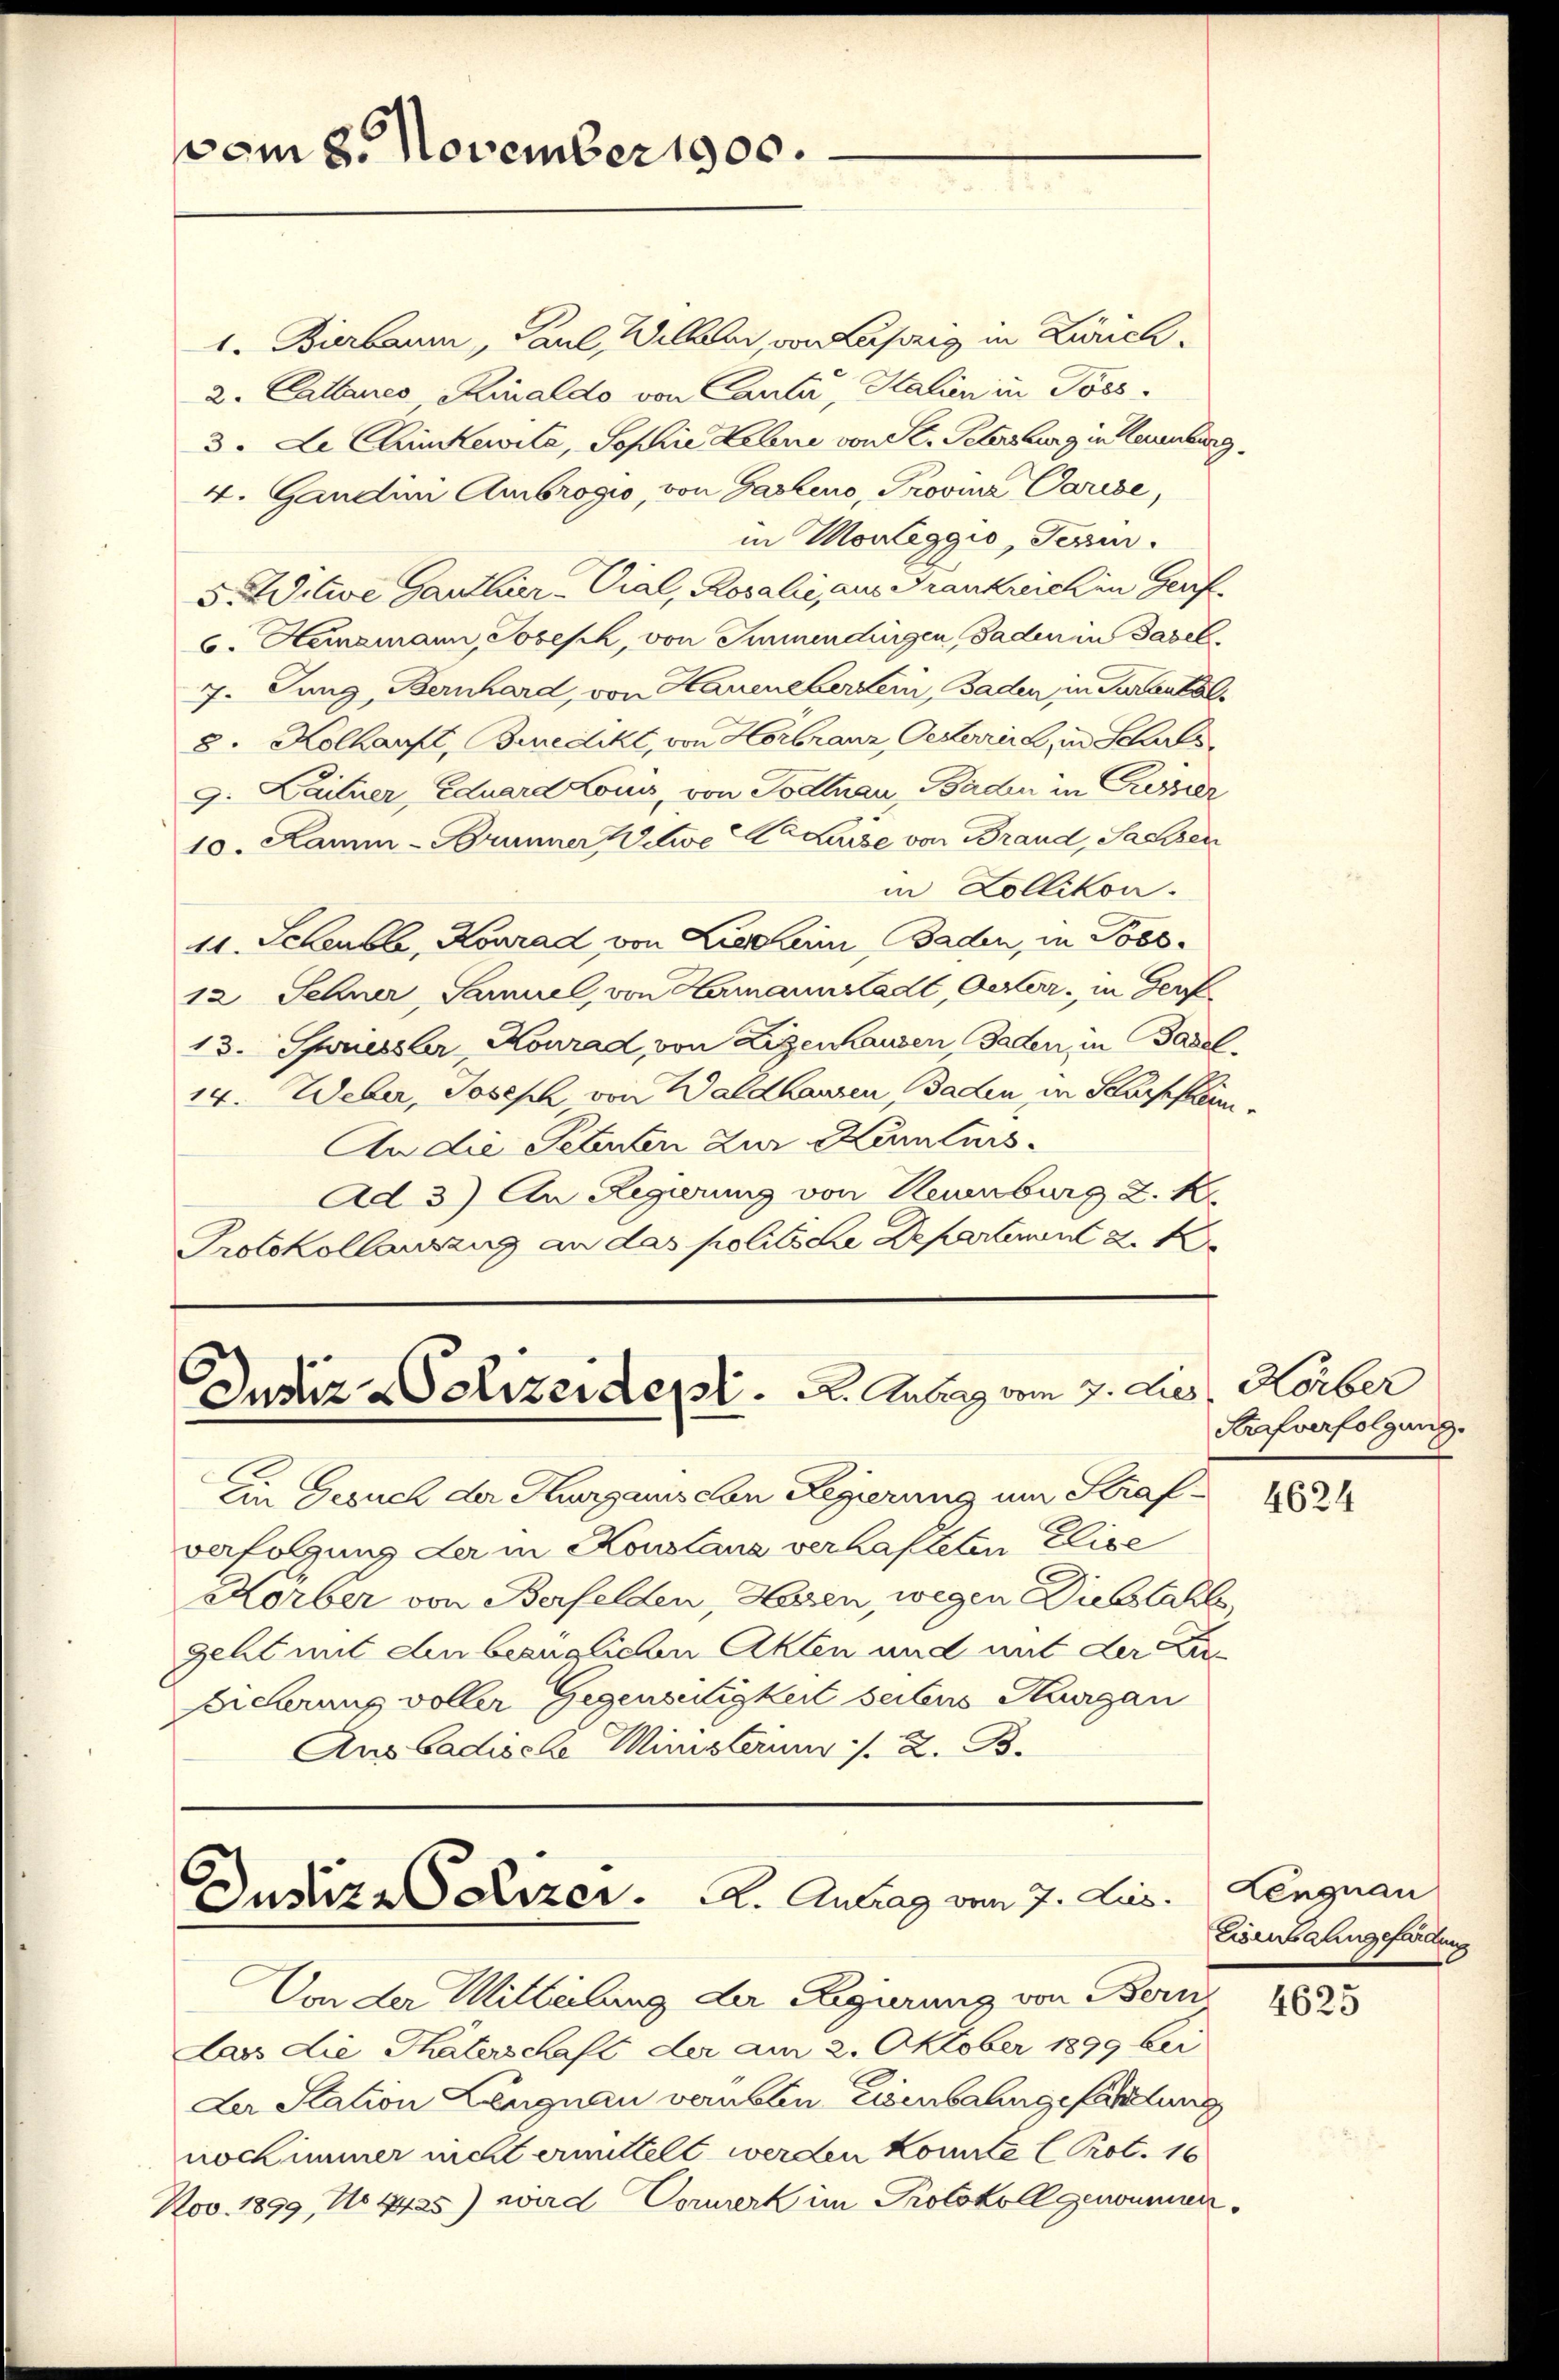
vom 8. November 1900.

1. Bierbaum, Paul, Wilhelm, von Leipzig in Zürich¬
2. Cattanes Kinaldo von Canta, Salien in Poss¬
3. Le Clinkewita, Sophie Lebene von St. Petersburg in Neuenburg,
4. Gandini Ambrogio, von Gasleno, Provina Parise,
in Montaggio, Tessin.
5. Witwe Ganthier - Vial, Rosalie, aus Frankreich in Genf.
6. Hememann, Joseph, von Immendingen Baden in Basel¬
7. Jung, Bernhard, von Haueneberstern, Baden in Turbenkol
8. Kollauft, Buredikt, von Horbranz, Oesterrich, in Schals,
9. Laitner, Eduard Louis, von Todtnau, Baden in Pressier
10. Ramm- Brunner Witwe A. Kaise von Brand, Sachen
in Zollikon.
11. Seberble, Konrad von Liechen Baden, in Poss¬
12 Sehner Samuel, von Hermannstadt, Oester, in Ger
13. Spriessler, Konrad von Eigenhausen Baden, in Basel¬
14. Weber, Joseph von Waldhausen, Gaden in Scharskam¬
An die Petenten zur Kenturs-
Ad 3) An Regierung von Reuenburg z. K.
Protokollauszug an das politische Departement z. B

Justiz Polizeident. A. Anberg vom 7. dies, Körber

Justiz-Dizer. A. Antrag vom 7. Jus

An Gesuch der Thurgauischen Regierung um Strafverfolgung der in Konstanz verhafteten Elise
Körber von Berfelden, Hasen, wegen Diebstahl
geht mit den bezüglichen Akten und mit der
Eicherung voller Gegenseitigkeit seiters Thurgau
Aus Badische Ministerunr :/. 2. B.

Strafverfolgung.

Von der Mitteilung der Regierung von Beri
Lass die Thäterschaft der am 2. Oktober 1899 bei
Ler Station Lengnau verblein Eisenbahngefandlung
nock immer nicht ermittelt werden könnte (Prot. 16
Nov. 1899, No 1425) wird Dowerk im Protokoll gewinnen.

4624

Lengnau
Eisenbahngefandung

4625